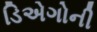
ડિએગોની